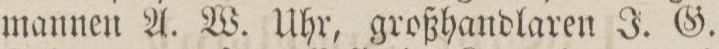
mannen A. W. Uhr, großhandlaren J. G.